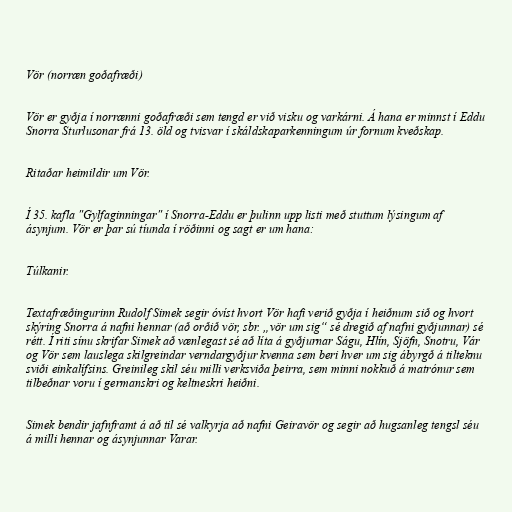
Vör (norræn goðafræði)

Vör er gyðja í norrænni goðafræði sem tengd er við visku og varkárni. Á hana er minnst í Eddu
Snorra Sturlusonar frá 13. öld og tvisvar í skáldskaparkenningum úr fornum kveðskap.

Ritaðar heimildir um Vör.

Í 35. kafla "Gylfaginningar" í Snorra-Eddu er þulinn upp listi með stuttum lýsingum af
ásynjum. Vör er þar sú tíunda í röðinni og sagt er um hana:

Túlkanir.

Textafræðingurinn Rudolf Simek segir óvíst hvort Vör hafi verið gyðja í heiðnum sið og hvort
skýring Snorra á nafni hennar (að orðið vör, sbr. „vör um sig“ sé dregið af nafni gyðjunnar) sé
rétt. Í riti sínu skrifar Simek að vænlegast sé að líta á gyðjurnar Ságu, Hlín, Sjöfn, Snotru, Vár
og Vör sem lauslega skilgreindar verndargyðjur kvenna sem beri hver um sig ábyrgð á tilteknu
sviði einkalífsins. Greinileg skil séu milli verksviða þeirra, sem minni nokkuð á matrónur sem
tilbeðnar voru í germanskri og keltneskri heiðni.

Simek bendir jafnframt á að til sé valkyrja að nafni Geiravör og segir að hugsanleg tengsl séu
á milli hennar og ásynjunnar Varar.